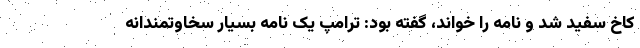
کاخ سفید شد و نامه را خواند، گفته بود: ترامپ یک نامه بسیار سخاوتمندانه